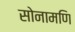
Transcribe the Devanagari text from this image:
सोनामणि